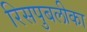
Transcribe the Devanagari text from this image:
रिसपुबलीका